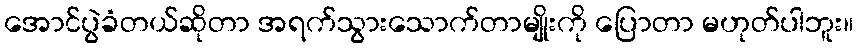
အောင်ပွဲခံတယ်ဆိုတာ အရက်သွားသောက်တာမျိုးကို ပြောတာ မဟုတ်ပါဘူး။